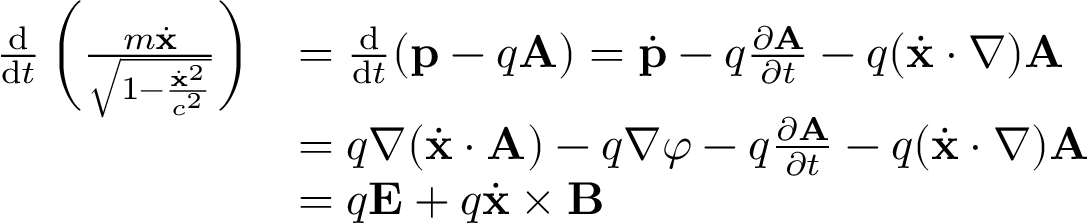
{ \begin{array} { r l } { { \frac { \mathrm { d } } { \mathrm { d } t } } \left( { \frac { m { \dot { \mathbf { x } } } } { \sqrt { 1 - { \frac { { \dot { \mathbf { x } } } ^ { 2 } } { c ^ { 2 } } } } } } \right) } & { = { \frac { \mathrm { d } } { \mathrm { d } t } } ( \mathbf { p } - q \mathbf { A } ) = { \dot { \mathbf { p } } } - q { \frac { \partial \mathbf { A } } { \partial t } } - q ( { \dot { \mathbf { x } } } \cdot \nabla ) \mathbf { A } } \\ & { = q { \boldsymbol { \nabla } } ( { \dot { \mathbf { x } } } \cdot \mathbf { A } ) - q { \boldsymbol { \nabla } } \varphi - q { \frac { \partial \mathbf { A } } { \partial t } } - q ( { \dot { \mathbf { x } } } \cdot \nabla ) \mathbf { A } } \\ & { = q \mathbf { E } + q { \dot { \mathbf { x } } } \times \mathbf { B } } \end{array} }